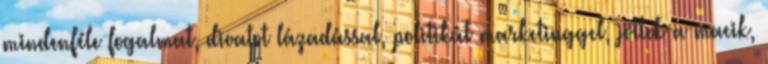
mindenféle fogalmat, divatot lázadással, politikát marketinggel, jöttek a macik,